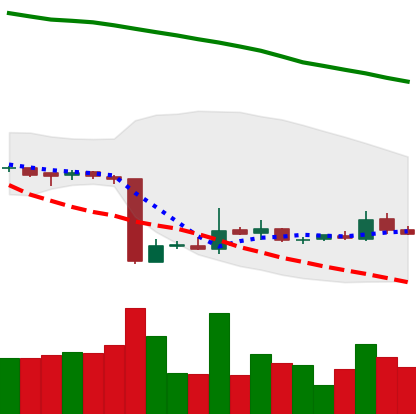
Ticker: ETC-USD
Chart end date: 2018-10-24
Forward return: -6.612%
Label: down_5_7